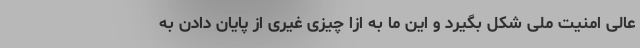
عالی امنیت ملی شکل بگیرد و این ما به ازا چیزی غیری از پایان دادن به